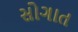
સોગાત